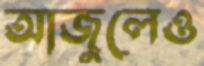
আজুলেও